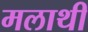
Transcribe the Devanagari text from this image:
मलाथी